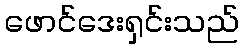
ဖောင်ဒေးရှင်းသည်